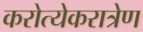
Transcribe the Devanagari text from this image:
करोत्येकरात्रेण